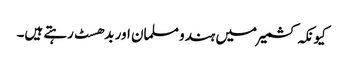
کیونکہ کشمیر میں ہندو مسلمان اور بدھسٹ رہتے ہیں۔